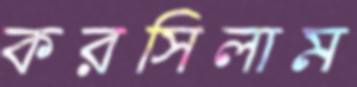
করসিলাম